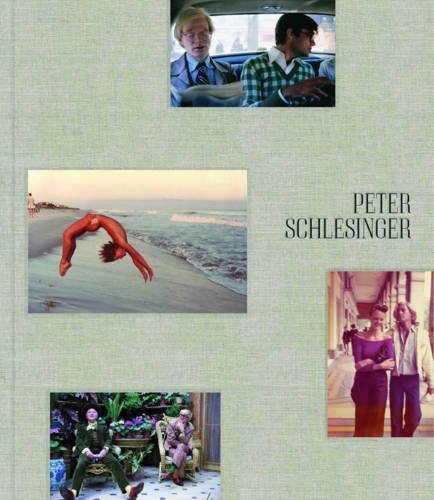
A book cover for Peter Schlesinger: A Photographic Memory 1968-1989; Hilton Als; Arts & Photography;